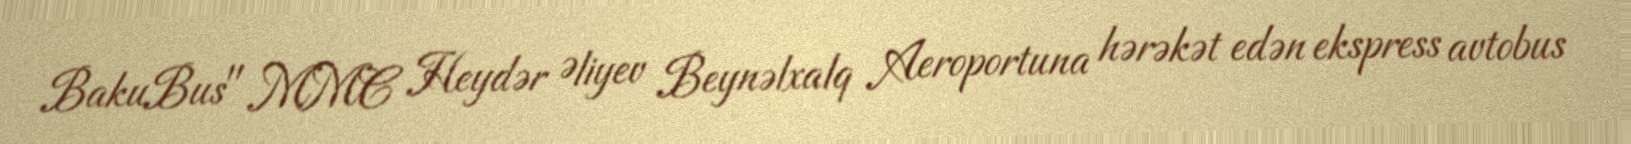
BakuBus" MMC Heydər Əliyev Beynəlxalq Aeroportuna hərəkət edən ekspress avtobus